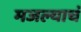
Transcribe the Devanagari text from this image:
मजल्याचं